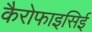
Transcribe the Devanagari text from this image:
कैरोफाइसिई